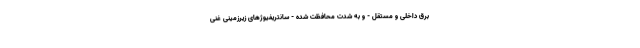
برق داخلی و مستقل - و به شدت محافظت شده - سانتریفیوژهای زیرزمینی غنی